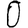
Digit: 0